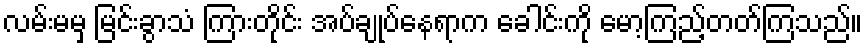
လမ်းမမှ မြင်းခွာသံ ကြားတိုင်း အပ်ချုပ်နေရာက ခေါင်းကို မော့ကြည့်တတ်ကြသည်။